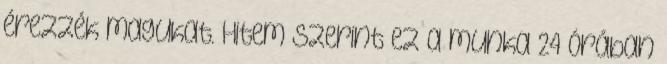
érezzék magukat. Hitem szerint ez a munka 24 órában